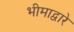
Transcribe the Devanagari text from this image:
भीमाद्वारे